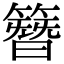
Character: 簪